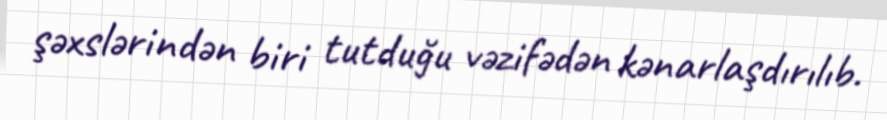
şəxslərindən biri tutduğu vəzifədən kənarlaşdırılıb.